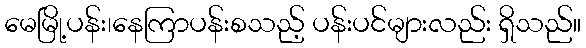
မေမြို့ပန်း၊နေကြာပန်းစသည့် ပန်းပင်များလည်း ရှိသည်။